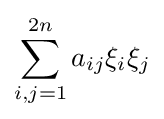
\sum \limits _{i,j=1}^{2n}a_{ij}\xi _{i}\xi _{j}